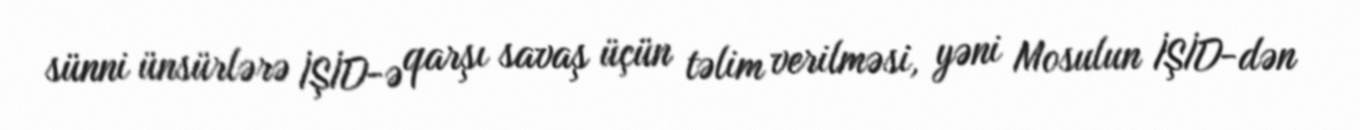
sünni ünsürlərə İŞİD-ə qarşı savaş üçün təlim verilməsi, yəni Mosulun İŞİD-dən